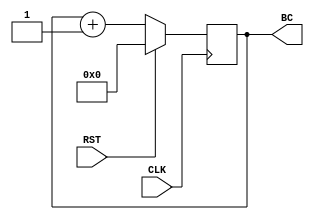
`timescale 1ns / 1ps
////////////////////////////////////////////////////////////////////////////////
// Company: 
// 
// Design Name: 
// Module Name: bc_counter
// Project Name: 
// Target Devices: 
// Tool Versions: 
// Description: Bunch counter . Simple counter with a synchronous reset.
// 
// Dependencies: 
// 
// Revision:
// Revision 0.01 - File Created
// Additional Comments:
// 
////////////////////////////////////////////////////////////////////////////////


module bc_counter
	#(parameter BITS=12)
	(
    input wire CLK,
    input wire RST,
    output wire [BITS-1:0] BC
    );
    
    reg [BITS-1:0] BC_reg;
    
    always @(posedge CLK) begin
        if ( RST ) begin
            BC_reg <= 0;
        end else begin
            BC_reg <= BC_reg + 1'b1;
        end 
    end
    assign BC = BC_reg;
endmodule